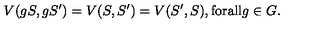
V ( g S , g S ^ { \prime } ) = V ( S , S ^ { \prime } ) = V ( S ^ { \prime } , S ) , \mathrm { f o r a l l } g \in G .